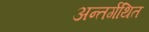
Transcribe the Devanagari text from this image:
अन्तर्गथित